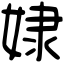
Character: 𡝯